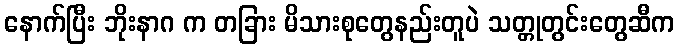
နောက်ပြီး ဘိုးနာဂ က တခြား မိသားစုတွေနည်းတူပဲ သတ္တုတွင်းတွေဆီက